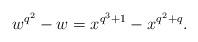
LaTeX: \begin{align*}w^{q^2}-w=x^{q^3+1}-x^{q^2+q}.\end{align*}